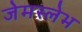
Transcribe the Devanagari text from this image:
जेमस्लेभ